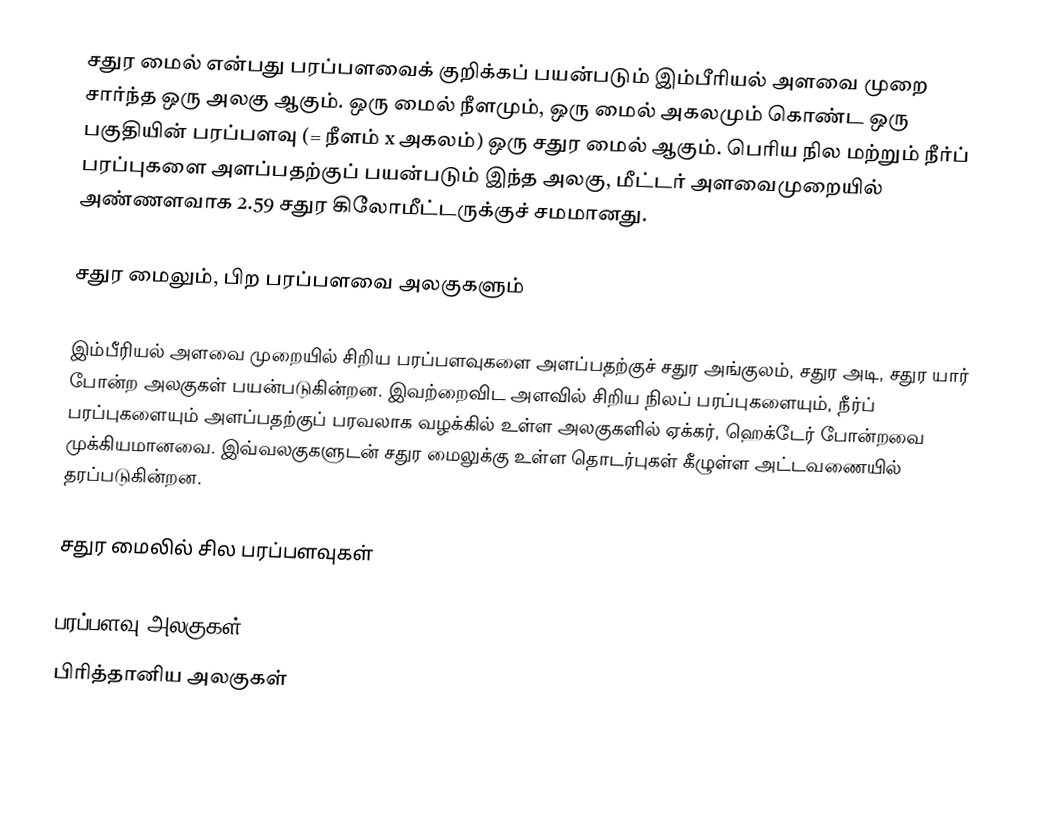
சதுர மைல் என்பது பரப்பளவைக் குறிக்கப் பயன்படும் இம்பீரியல் அளவை முறை சார்ந்த ஒரு அலகு ஆகும். ஒரு மைல் நீளமும், ஒரு மைல் அகலமும் கொண்ட ஒரு பகுதியின் பரப்பளவு (= நீளம் x அகலம்) ஒரு சதுர மைல் ஆகும். பெரிய நில மற்றும் நீர்ப் பரப்புகளை அளப்பதற்குப் பயன்படும் இந்த அலகு, மீட்டர் அளவைமுறையில் அண்ணளவாக 2.59 சதுர கிலோமீட்டருக்குச் சமமானது.

சதுர மைலும், பிற பரப்பளவை அலகுகளும்

இம்பீரியல் அளவை முறையில் சிறிய பரப்பளவுகளை அளப்பதற்குச் சதுர அங்குலம், சதுர அடி, சதுர யார் போன்ற அலகுகள் பயன்படுகின்றன. இவற்றைவிட அளவில் சிறிய நிலப் பரப்புகளையும், நீர்ப் பரப்புகளையும் அளப்பதற்குப் பரவலாக வழக்கில் உள்ள அலகுகளில் ஏக்கர், ஹெக்டேர் போன்றவை முக்கியமானவை. இவ்வலகுகளுடன் சதுர மைலுக்கு உள்ள தொடர்புகள் கீழுள்ள அட்டவணையில் தரப்படுகின்றன.

சதுர மைலில் சில பரப்பளவுகள்

பரப்பளவு அலகுகள்
பிரித்தானிய அலகுகள்